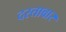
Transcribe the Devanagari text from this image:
दस्तावार